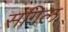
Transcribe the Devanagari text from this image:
संगिल